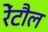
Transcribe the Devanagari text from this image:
रेंटौल